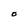
Character: 0